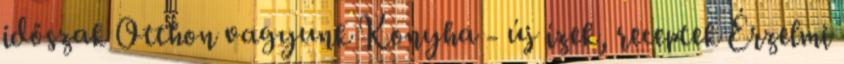
időszak Otthon vagyunk Konyha - új ízek, receptek Érzelmi